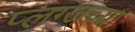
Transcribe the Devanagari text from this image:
प्लग्जच्या